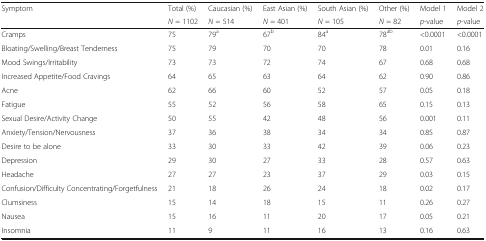
| <ROWSPAN=2> Symptom | Total (%) | Caucasian (%) | East Asian (%) | South Asian (%) | Other (%) | Model 1 | Model 2 |
 | N = 1102 | N = 514 | N = 401 | N = 105 | N = 82 | p-value | p-value |
 | --- | --- | --- | --- | --- | --- | --- | --- |
 | Cramps | 75 | 79a | 67b | 84a | 78ab | <0.0001 | <0.0001 |
 | Bloating/Swelling/Breast Tenderness | 75 | 79 | 70 | 70 | 78 | 0.01 | 0.16 |
 | Mood Swings/Irritability | 73 | 73 | 72 | 74 | 67 | 0.68 | 0.68 |
 | Increased Appetite/Food Cravings | 64 | 65 | 63 | 64 | 62 | 0.90 | 0.86 |
 | Acne | 62 | 66 | 60 | 52 | 57 | 0.05 | 0.18 |
 | Fatigue | 55 | 52 | 56 | 58 | 65 | 0.15 | 0.13 |
 | Sexual Desire/Activity Change | 50 | 55 | 42 | 48 | 56 | 0.001 | 0.11 |
 | Anxiety/Tension/Nervousness | 37 | 36 | 38 | 34 | 34 | 0.85 | 0.87 |
 | Desire to be alone | 33 | 30 | 33 | 42 | 39 | 0.06 | 0.23 |
 | Depression | 29 | 30 | 27 | 33 | 28 | 0.57 | 0.63 |
 | Headache | 27 | 27 | 23 | 37 | 29 | 0.03 | 0.15 |
 | Confusion/Difficulty Concentrating/Forgetfulness | 21 | 18 | 26 | 24 | 18 | 0.02 | 0.17 |
 | Clumsiness | 15 | 14 | 18 | 15 | 11 | 0.26 | 0.27 |
 | Nausea | 15 | 16 | 11 | 20 | 17 | 0.05 | 0.21 |
 | Insomnia | 11 | 9 | 11 | 16 | 13 | 0.16 | 0.63 |